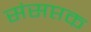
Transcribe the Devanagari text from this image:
संसप्तक